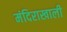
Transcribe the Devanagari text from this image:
मंदिराखाली